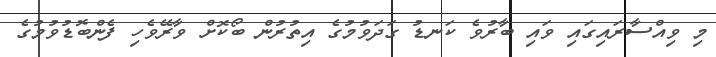
މި ވިއްސާރައިގައި ވައި ބާރުވެ ކަނޑު ގަދަވުމުގެ އިތުރުން ބޯކޮށް ވާރޭވެހި ފެންބޮޑުވުމުގެ